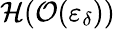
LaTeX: \mathcal{H}(\mathcal{O}(\varepsilon_{\delta}))